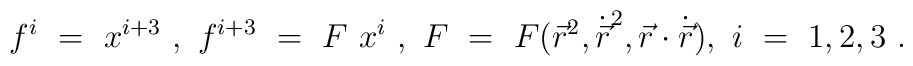
f^i\ =\ x^{i+3}\ ,\ f^{i+3}\ =\ F\ x^i\ ,\ F \ = \ F({\vec{r}}^2,{\dot{\vec{r}}}^2,{\vec{r}}\cdot{\dot{\vec{r}}}),\ i\ =\ 1,2,3\ .